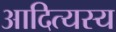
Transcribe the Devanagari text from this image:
आदित्यस्य